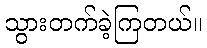
သွားတက်ခဲ့ကြတယ်။